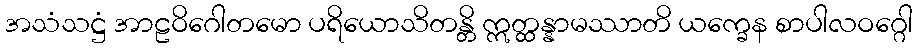
အသံသဋ္ဌံ အာဠဝိဂေါတမော ပရိယောသိတန္တိ ဣတ္ထန္နာမဿာတိ ယက္ခေန စာပါလဝဂ္ဂေါ